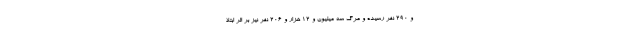
و ۲۹۰ نفر رسیده و مرگ سه میلیون و ۱۲ هزار و ۲۰۶ نفر نیز بر اثر ابتلا